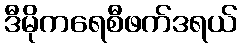
ဒီမိုကရေစီဖက်ဒရယ်